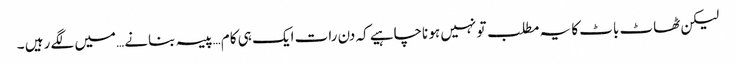
لیکن ٹھاٹ باٹ کا یہ مطلب تو نہیں ہو ناچاہیے کہ دن رات ایک ہی کام …پیسہ بنانے …میں لگے رہیں ۔